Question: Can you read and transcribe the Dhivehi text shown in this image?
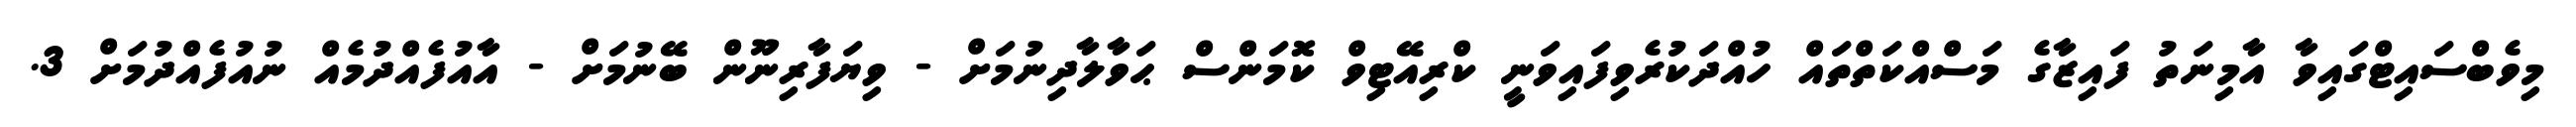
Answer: މިވެބްސައިޓްގައިވާ އާމިނަތު ފައިޒާގެ މަސްއްކަތްތައް ހުއްދަކުރެވިފައިވަނީ ކްރިއޭޓިވް ކޮމަންސް ޙަވާލާދިނުމަށް - ވިޔަފާރިނޫން ބޭނުމަށް - އާއުފެއްދުމެއް ނުއުފެއްދުމަށް 3.